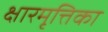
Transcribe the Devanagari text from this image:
क्षारमृत्तिका